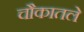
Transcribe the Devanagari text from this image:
चौकातले